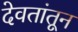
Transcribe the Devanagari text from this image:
देवतांतून